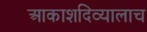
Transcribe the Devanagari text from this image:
आकाशदिव्यालाच